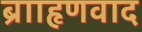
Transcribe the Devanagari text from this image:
ब्रााहृणवाद